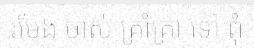
រមែង ចាស់ គ្រាំគ្រា ទៅ ពុំ